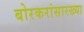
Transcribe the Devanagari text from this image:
बोरकरांसारख्या